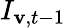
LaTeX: I_{\mathbf{v},t-1}